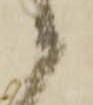
候